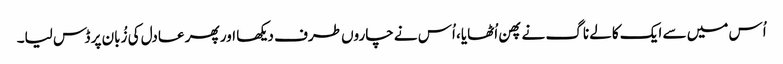
اُس میں سے ایک کالے ناگ نے پھن اُٹھایا، اُس نے چاروں طرف دیکھا اور پھر عادل کی زُبان پر ڈس لیا۔